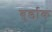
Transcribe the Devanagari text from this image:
बुर्डाक